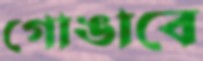
গোঙাবে